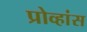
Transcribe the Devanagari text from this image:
प्रोव्हांस